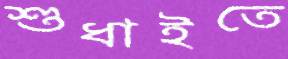
শুধাইতে